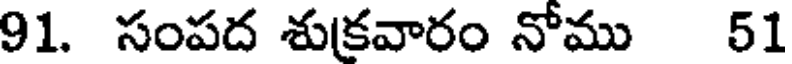
91. సంపద శుకవారం నోము 51